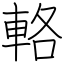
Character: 輅